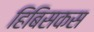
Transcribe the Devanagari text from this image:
हिबिसकस